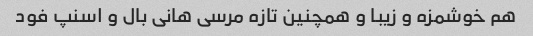
هم خوشمزه و زیبا و همچنین تازه مرسی هانی بال و اسنپ فود